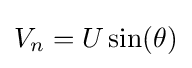
V_{n}=U\sin(\theta )